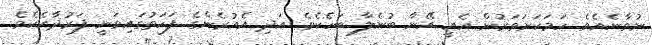
ނުވާނެއެވެ. ހަމަކަށަވަރުން އެއީ އޭނާ ބުނެލާ ބަހެކެވެ. އަދި އެއުރެންގެ ފަހަތުގައިވަނީ ފަރުދާއެކެވެ.